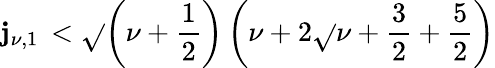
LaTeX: \mathbf{j}_{\nu,1}\, <\sqrt{}{{\left(\nu+\frac{1}{2}\right)\left(\nu+2\sqrt{}{{\nu+\frac{3}{2}}}+\frac{5}{2}\right)}}